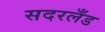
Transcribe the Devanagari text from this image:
सदरलँड